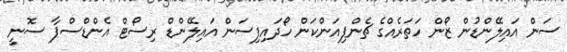
ސަން އައިލޭންޑުން ޒޯން ހަތަރެއްގެ ޗެންޕިއަންކަން ހޯދައިފިސަން އައިލޭންޑް ރިސޯޓް އެންޑްސްޕާ ސޮނީ